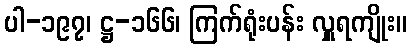
ပါ-၁၉၇၊ ဋ္ဌ-၁၆၆၊ ကြက်ရုံးပန်း လှူရကျိုး။